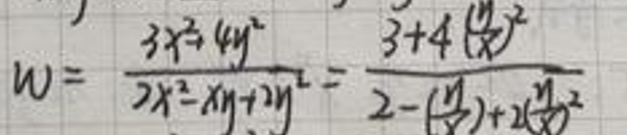
\[
w = \frac{3x^{2}+4y^{2}}{2x^{2}-xy + 2y^{2}}=\frac{3 + 4(\frac{y}{x})^{2}}{2-(\frac{y}{x})+2(\frac{y}{x})^{2}}
\]